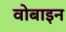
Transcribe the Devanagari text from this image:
वोबाइन